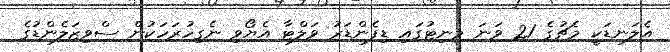
އެލަނޑަކީ މެޗުގެ 21 ވަނަ މިނިޓުގައި ޑިފެންޑަރު ވަލްޓާ އެޔޯވި ނެގިހުރަހަކުން ސްވިޒަލެންޑުގެ